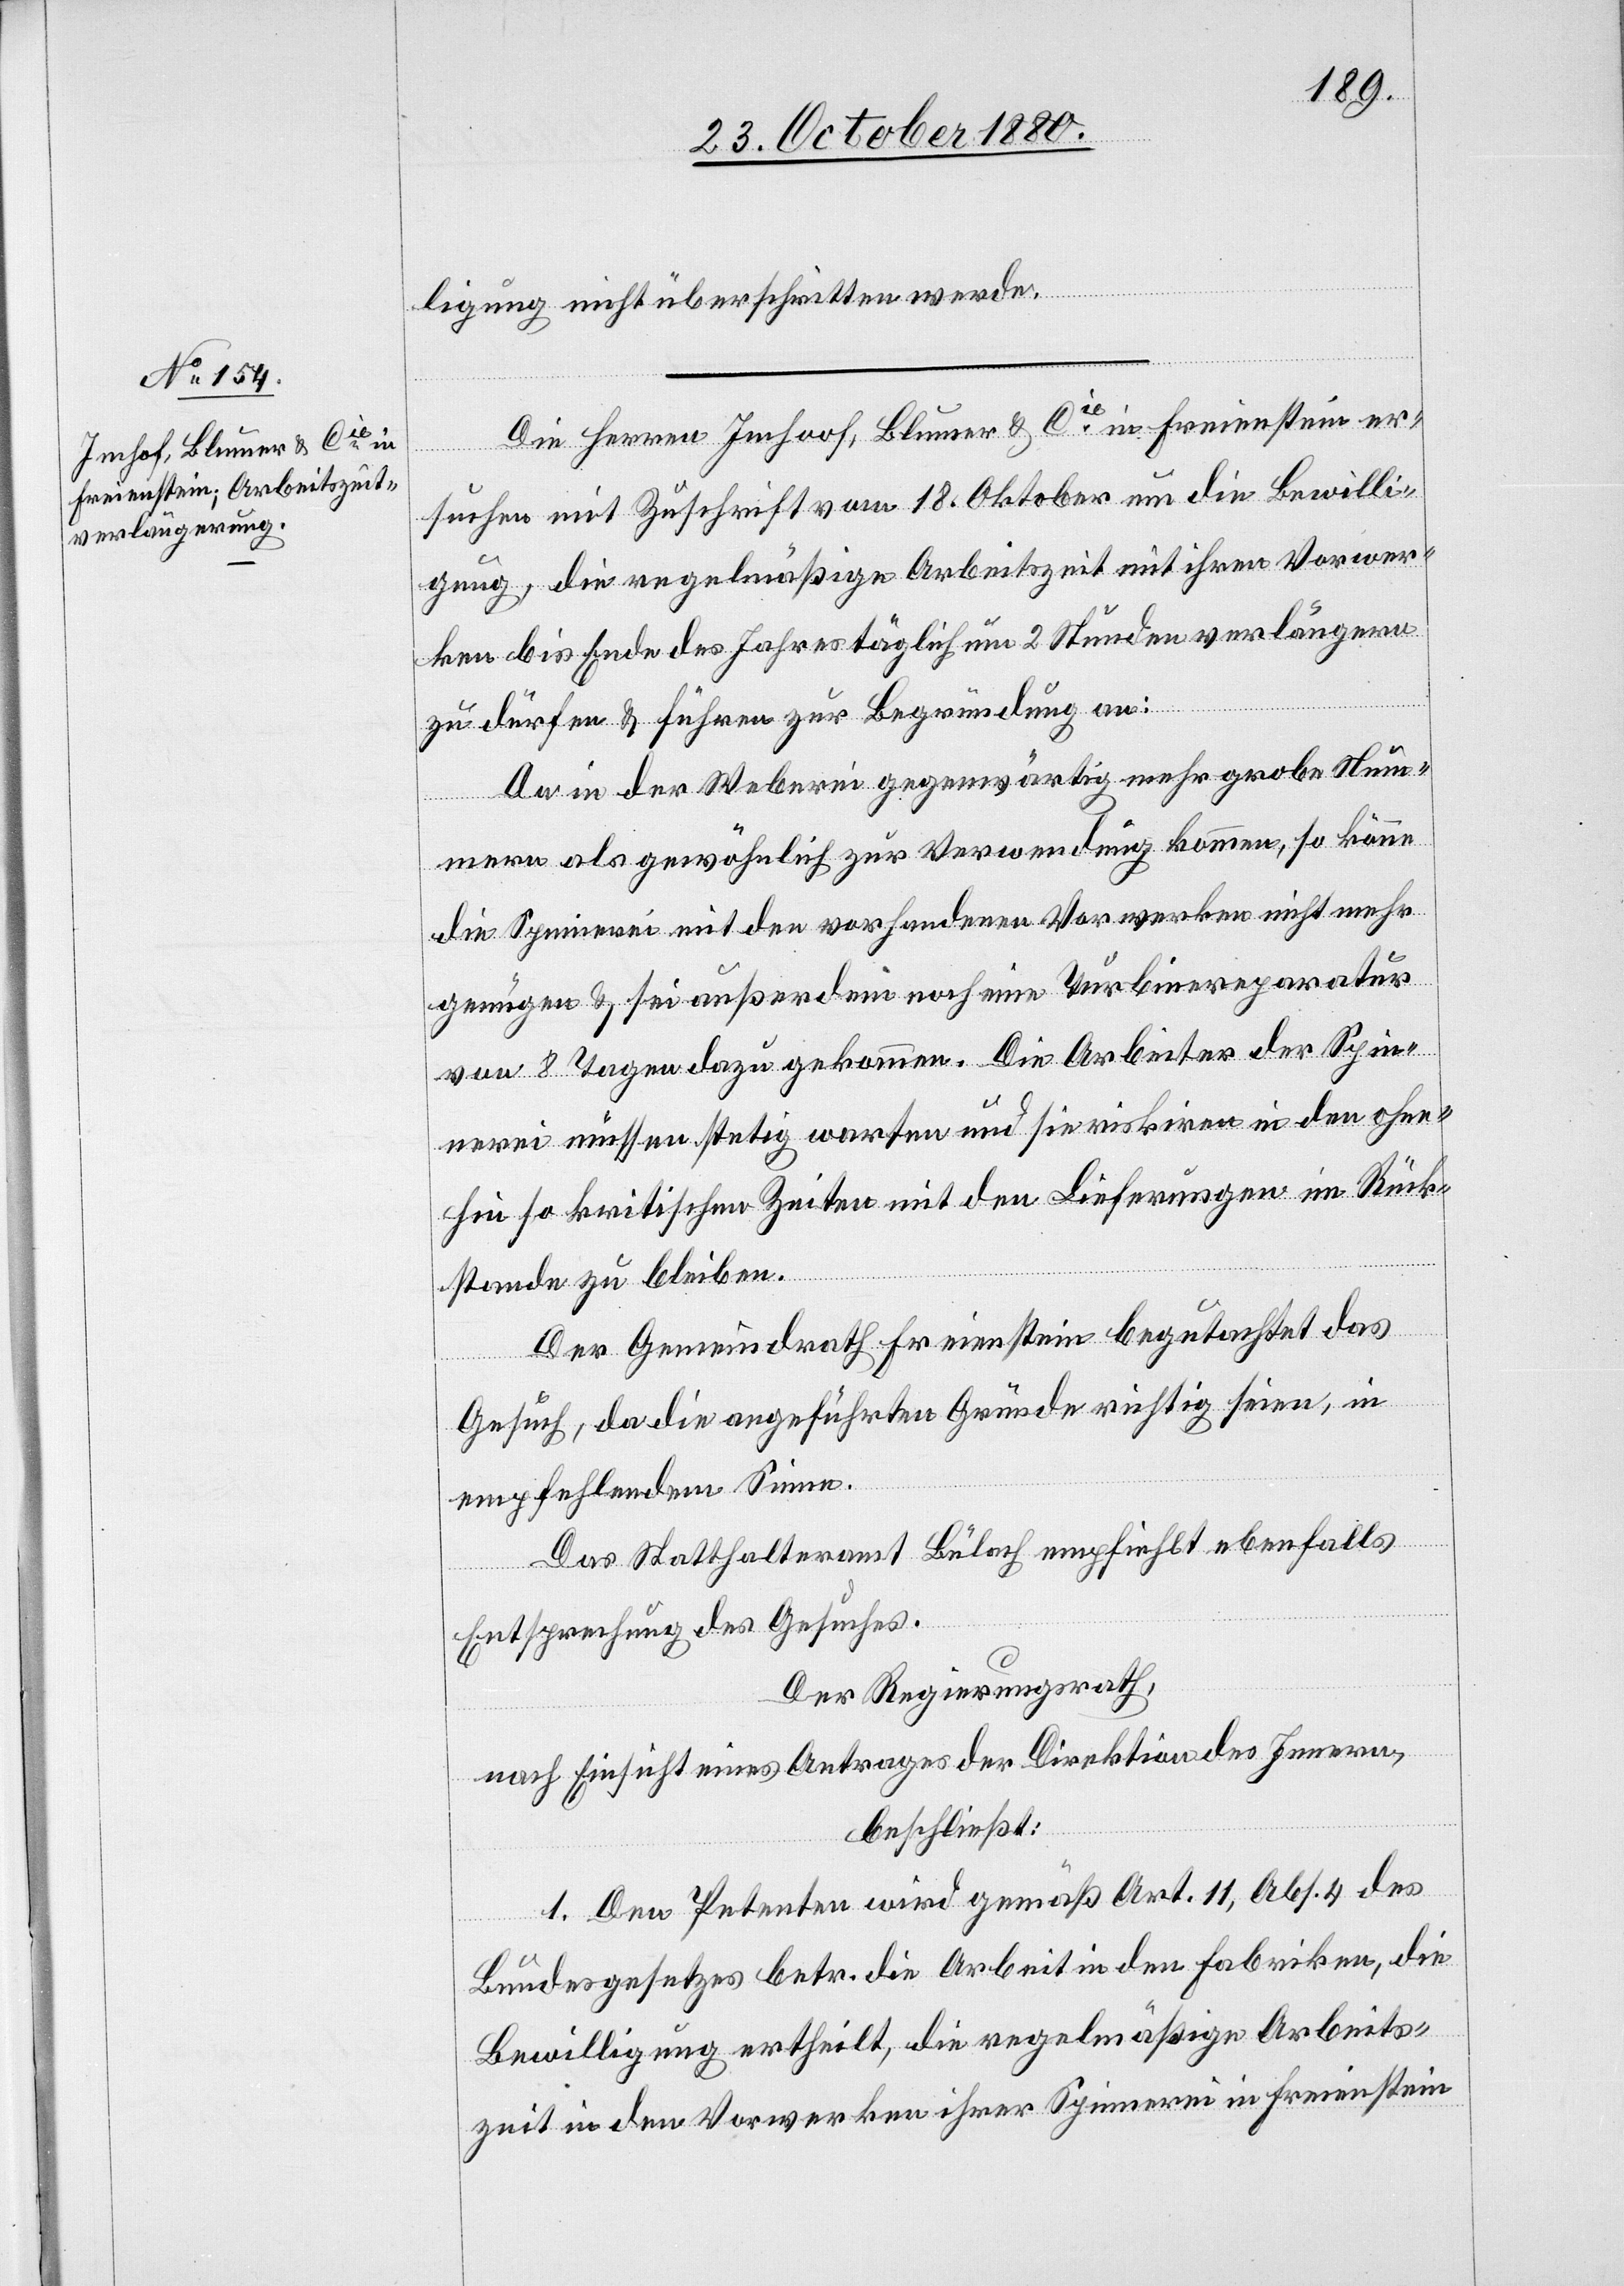
27. October 1880.]
ligung nicht überschritten werde.
er¬
suchen mit Zuschrift vom 18. Oktober um die Bewilli¬
gung, die regelmäßige Arbeitszeit mit ihren Vorwer¬
ken bis Ende des Jahres täglich um 2 Stunden verlängern
zu dürfen & führen zur Begrünung an:
Da in der Weberei gegenwärtig mehr grobe Num¬
Freienstein
mern als gewöhnlich zur Verwendung kommen, so könne
die Spinnerei mit den vorhandenen Vorwerken nicht mehr
genügen & sei außerdem noch eine Turbine[n]reparatur
von 8 Tagen dazu gekommen. Die Arbeiter der Spin¬
nerei müssen stetig warten und sie riskiren in den ohne¬
hin so kritischen Zeiten mit den Lieferungen im Rück¬
Die
stande zu bleiben.
Der Gemeindrath Freienstein begutachtet das
Gesuch, da die angeführten Gründe richtig seien, im
empfehlenden Sinne.
Das Statthalteramt Bülach empfiehlt ebenfalls
Entsprechung des Gesuches.
Der Regierungsrath,
nach Einsicht eines Antrages der Direktion des Innern,
beschließt:
1. Den Petenten wird gemäß Art. 11, Abs. 4 des
Bundesgesetzes betr. die Arbeit in den Fabriken, die
Bewilligung ertheilt, die regelmäßige Arbeits¬
zeit in den Vorwerken ihrer Spinnerei in Freienstein